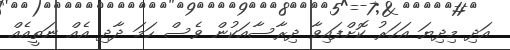
އަދި މިދިޔަ އަހަރު ކޮށްފައިވާ ދިރާސާއަކުން ވެސް ހަމަ ދާދި އެއް ނަތީއެއް